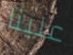
علينا